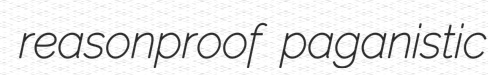
reasonproof paganistic